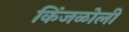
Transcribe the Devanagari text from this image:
किंजळोली